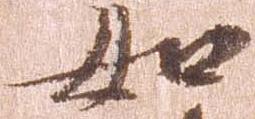
如